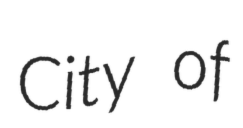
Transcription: City of